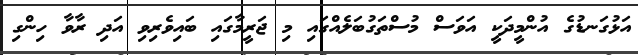
އަޅުގަނޑުގެ އުންމީދަކީ އަވަސް މުސްތަގުބަލެއްގައި މި ޖަރީމާގައި ބައިވެރިވި އަދި ރާވާ ހިންގި